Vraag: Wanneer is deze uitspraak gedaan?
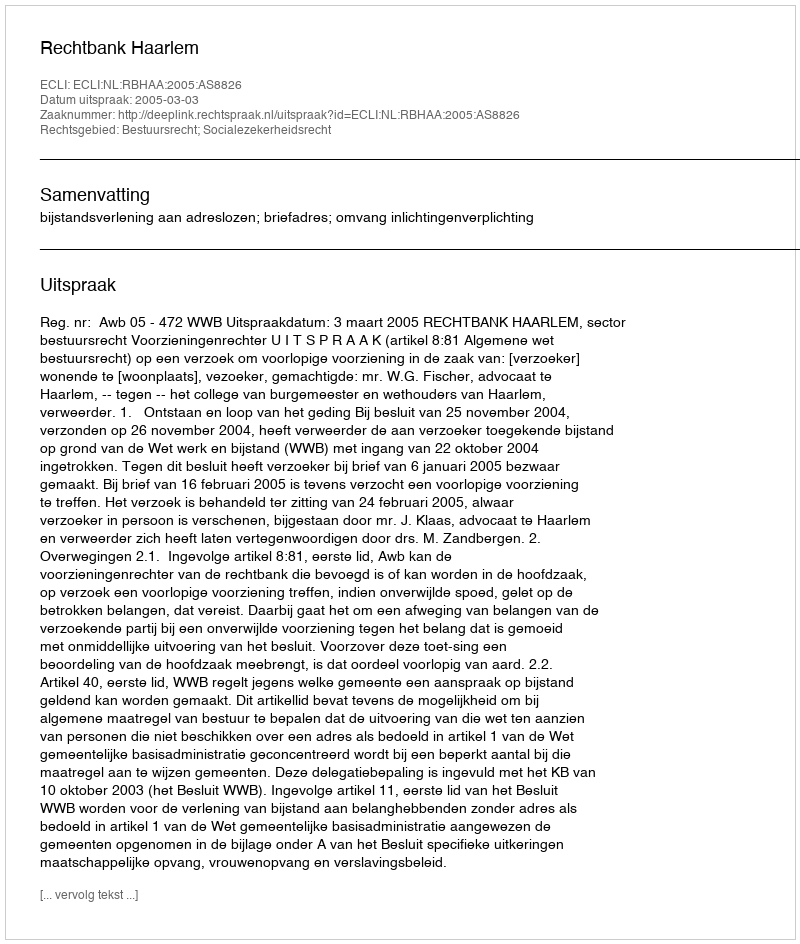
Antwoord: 2005-03-03